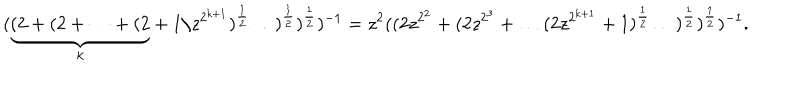
( \underbrace { ( 2 + ( 2 + \dots + ( 2 } _ { k } + 1 / z ^ { 2 ^ { k + 1 } } ) ^ { \frac { 1 } { 2 } } \ldots ) ^ { \frac { 1 } { 2 } } ) ^ { \frac { 1 } { 2 } } ) ^ { - 1 } = z ^ { 2 } ( ( 2 z ^ { 2 ^ { 2 } } + ( 2 z ^ { 2 ^ { 3 } } + \ldots ( 2 z ^ { 2 ^ { k + 1 } } + 1 ) ^ { \frac { 1 } { 2 } } \ldots ) ^ { \frac { 1 } { 2 } } ) ^ { \frac { 1 } { 2 } } ) ^ { - 1 } .